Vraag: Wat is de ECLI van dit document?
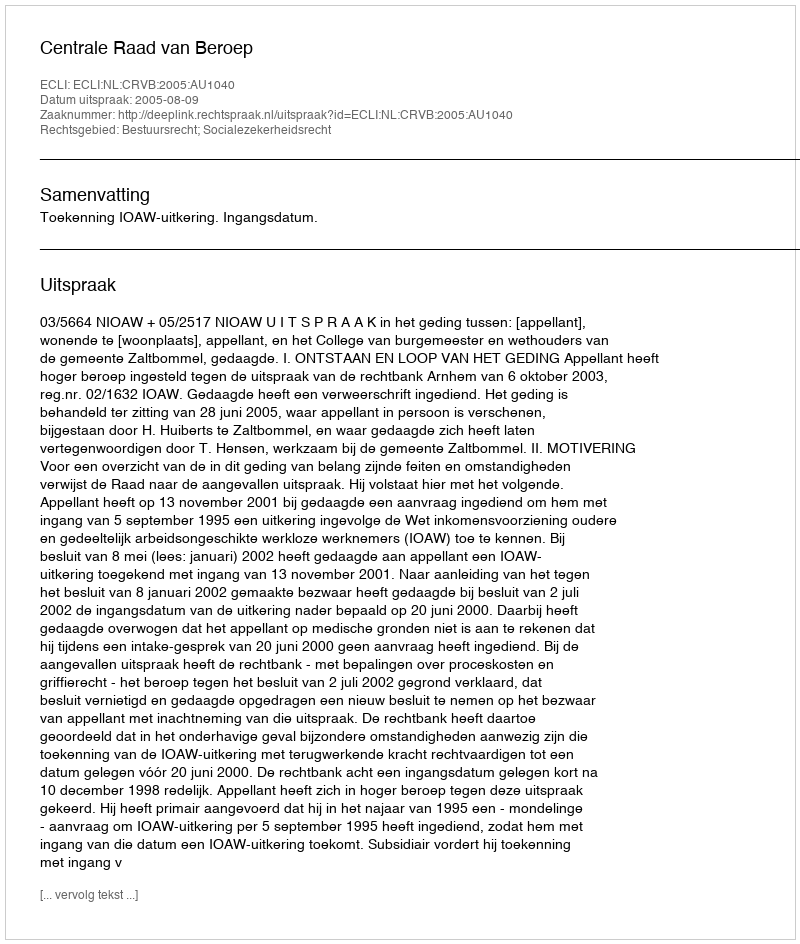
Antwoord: ECLI:NL:CRVB:2005:AU1040